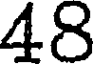
48